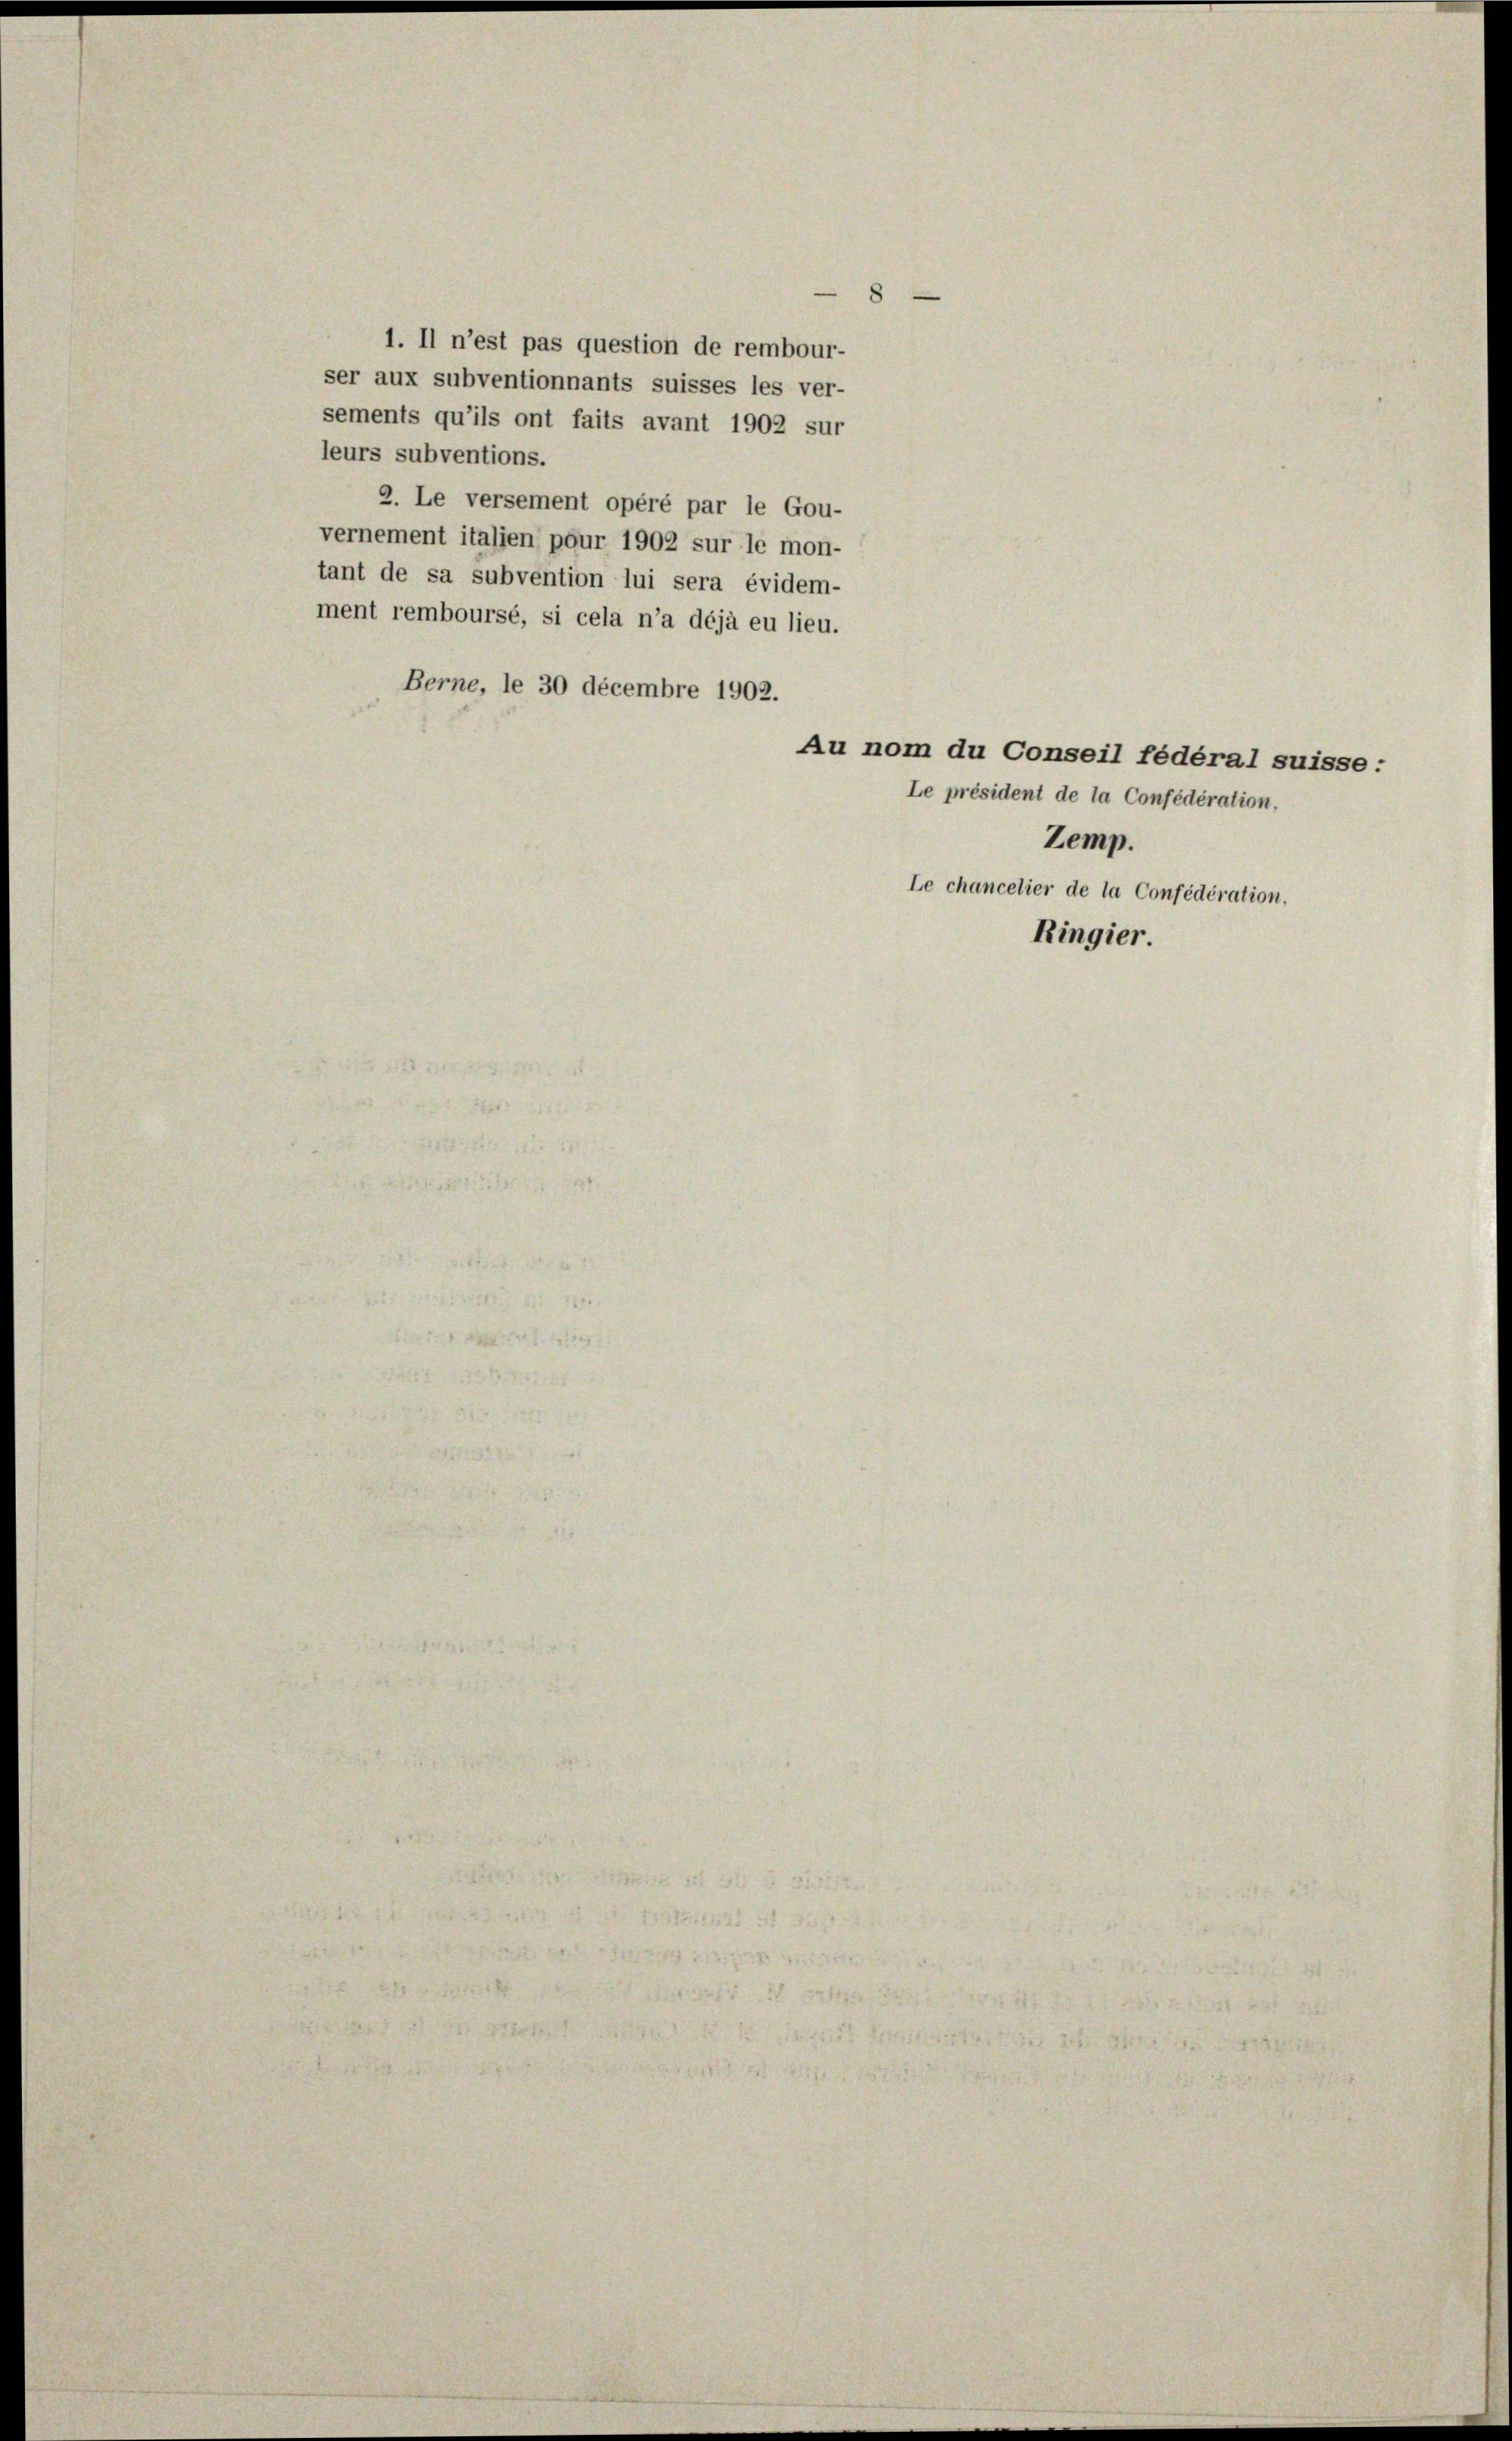
1. Il n’est pas question de rembour-
ser aux subventionnants suisses les ver-
sements qu’ils ont faits avant 1902 sur
leurs subventions.
2. Le versement opéré par le Gou-
vernement italien pour 1902 sur le mon-
tant de sa subvention lui sera évidem-
ment remboursé, si cela n’a déjà eu lieu.
Berne, le 30 decembre 1902.
Zemp.

8

Le président de la Confédération,
Ringier

Au nom du Conseil fédéral suisse:
Le chancelier de la Confédération.